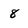
Character: 8